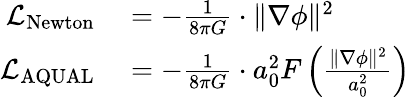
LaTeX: \begin{array}{rl}{{\mathcal{L}}_{\mathrm{Newton}}}&{{}=-{\frac{1}{8\pi G}}\cdot\| \nabla\phi\| ^{2}}\\ {{\mathcal{L}}_{\mathrm{AQUAL}}}&{{}=-{\frac{1}{8\pi G}}\cdot a_{0}^{2}F\left({\frac{\| \nabla\phi\| ^{2}}{a_{0}^{2}}}\right)}\end{array}